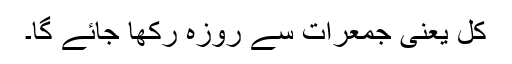
کل یعنی جمعرات سے روزہ رکھا جائے گا۔